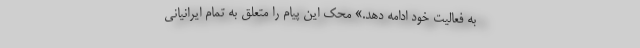
به فعالیت خود ادامه دهد.» محک این پیام را متعلق به تمام ایرانیانی